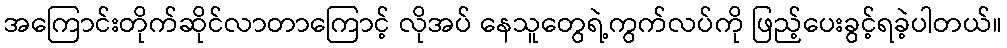
အကြောင်းတိုက်ဆိုင်လာတာကြောင့် လိုအပ် နေသူတွေရဲ့ကွက်လပ်ကို ဖြည့်ပေးခွင့်ရခဲ့ပါတယ်။